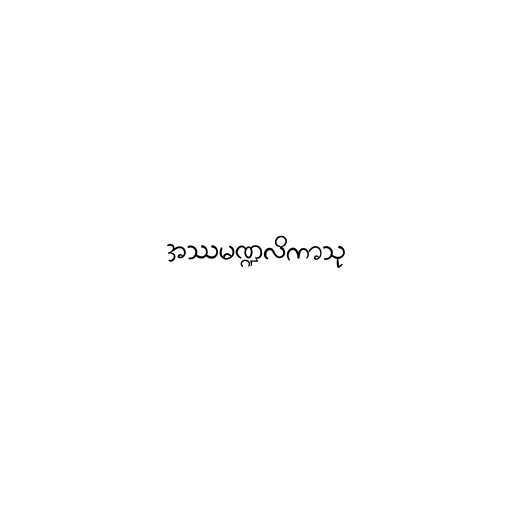
အဿမဏ္ဍလိကာသု